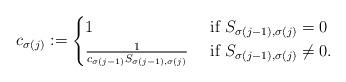
LaTeX: \begin{align*}c_{\sigma(j)}:=\begin{cases}1 & \mbox{ if }S_{\sigma(j-1),\sigma(j)}= 0 \\\frac{1}{c_{\sigma(j-1)}S_{\sigma(j-1),\sigma(j)}} & \mbox{ if }S_{\sigma(j-1),\sigma(j)}\neq 0.\end{cases}\end{align*}